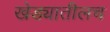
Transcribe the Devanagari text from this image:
खेड्यातीलच